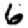
Digit: 6